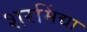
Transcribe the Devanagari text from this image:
शरमिंद्या